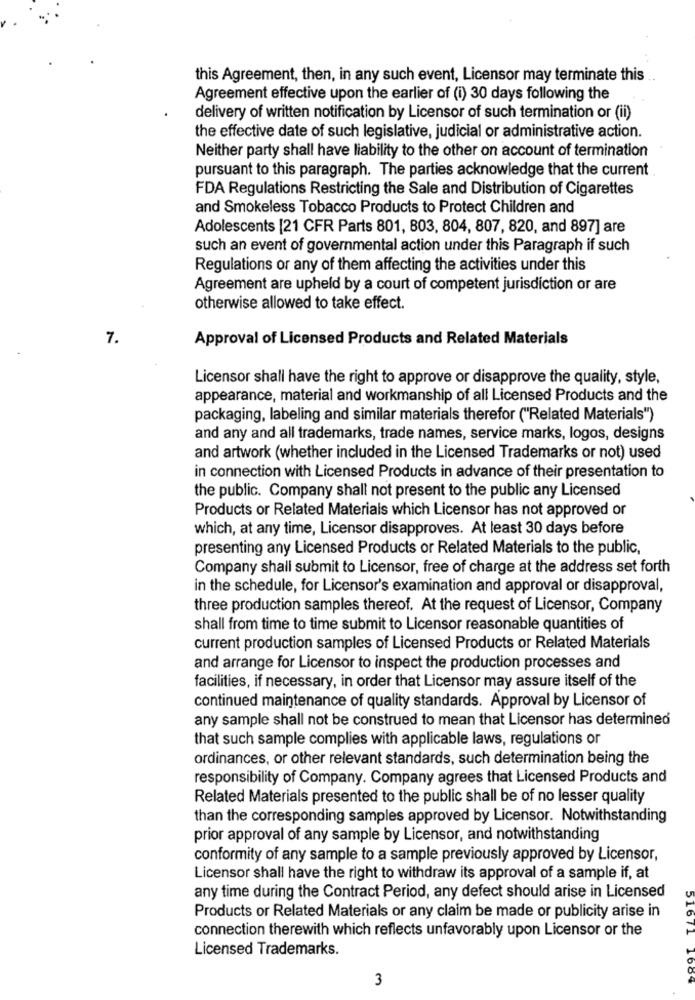
this Agreement, then, in any such event, Licensor may terminate this
Agreement effective upon the earlier of (i) 30 days following the
delivery of written notification by Licensor of such termination or (ii)
the effective date of such legislative, judicial or administrative action.
Neither party shall have liability to the other on account of termination
pursuant to this paragraph. The parties acknowledge that the current
FDA Regulations Restricting the Sale and Distribution of Cigarettes
and Smokeless Tobacco Products to Protect Children and
Adolescents [21 CFR Parts 801, 803, 804, 807, 820, and 897] are
such an event of governmental action under this Paragraph if such
Regulations or any of them affecting the activities under this
Agreement are upheld by a court of competent jurisdiction or are
otherwise allowed to take effect.
7.
Approval of Licensed Products and Related Materials
Licensor shall have the right to approve or disapprove the quality, style,
appearance, material and workmanship of all Licensed Products and the
packaging, labeling and similar materials therefor ("Related Materials")
and any and all trademarks, trade names, service marks, logos, designs
and artwork (whether included in the Licensed Trademarks or not) used
in connection with Licensed Products in advance of their presentation to
the public. Company shall not present to the public any Licensed
Products or Related Materials which Licensor has not approved or
which, at any time, Licensor disapproves. At least 30 days before
presenting any Licensed Products or Related Materials to the public,
Company shall submit to Licensor, free of charge at the address set forth
in the schedule, for Licensor's examination and approval or disapproval,
three production samples thereof. At the request of Licensor, Company
shall from time to time submit to Licensor reasonable quantities of
current production samples of Licensed Products or Related Materials
and arrange for Licensor to inspect the production processes and
facilities, if necessary, in order that Licensor may assure itself of the
continued maintenance of quality standards. Approval by Licensor of
any sample shall not be construed to mean that Licensor has determined
that such sample complies with applicable laws, regulations or
ordinances, or other relevant standards, such determination being the
responsibility of Company. Company agrees that Licensed Products and
Related Materials presented to the public shall be of no lesser quality
than the corresponding samples approved by Licensor. Notwithstanding
prior approval of any sample by Licensor, and notwithstanding
conformity of any sample to a sample previously approved by Licensor,
Licensor shall have the right to withdraw its approval of a sample if, at
any time during the Contract Period, any defect should arise in Licensed
Products or Related Materials or any claim be made or publicity arise in
connection therewith which reflects unfavorably upon Licensor or the
51671
Licensed Trademarks.
3